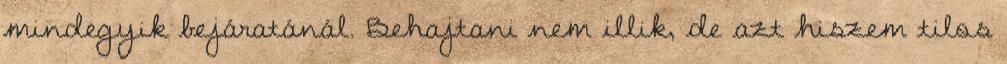
mindegyik bejáratánál. Behajtani nem illik, de azt hiszem tilos